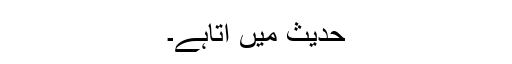
حدیث میں آتاہے۔